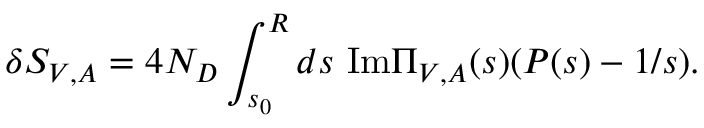
\delta S _ { V , A } = 4 N _ { D } \int _ { s _ { 0 } } ^ { R } d s ~ \mathrm { I m } \Pi _ { V , A } ( s ) ( P ( s ) - 1 / s ) .